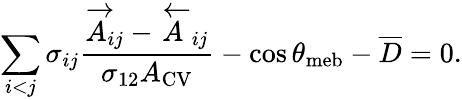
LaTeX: \sum_{i<j}\sigma_{ij}\frac{\overrightarrow A_{ij}-\overleftarrow A_{ij}}{\sigma_{12}A_{\mathrm{{CV}}}}-\cos\theta_{\mathrm{{meb}}}-\overline{{D}}=0.